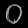
Digit: ၀